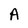
Character: A